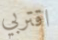
اقتربي